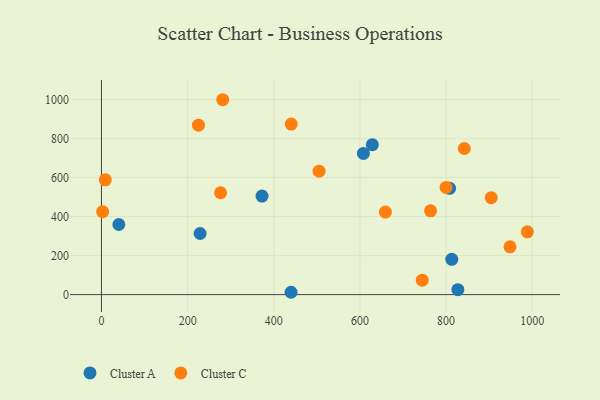
{"axis": {"x": "Experience", "y": "Fuel Efficiency"}, "legend": ["Cluster A", "Cluster C"], "data": [{"x": "608.0", "y": 724.2, "type": "Cluster A"}, {"x": "372.7", "y": 505.3, "type": "Cluster A"}, {"x": "440.1", "y": 12.0, "type": "Cluster A"}, {"x": "229.0", "y": 313.4, "type": "Cluster A"}, {"x": "813.1", "y": 180.9, "type": "Cluster A"}, {"x": "628.7", "y": 769.0, "type": "Cluster A"}, {"x": "808.1", "y": 544.9, "type": "Cluster A"}, {"x": "40.3", "y": 359.6, "type": "Cluster A"}, {"x": "827.2", "y": 25.5, "type": "Cluster A"}, {"x": "2.7", "y": 425.5, "type": "Cluster C"}, {"x": "744.5", "y": 74.2, "type": "Cluster C"}, {"x": "281.6", "y": 999.3, "type": "Cluster C"}, {"x": "659.0", "y": 423.2, "type": "Cluster C"}, {"x": "225.2", "y": 868.7, "type": "Cluster C"}, {"x": "842.2", "y": 749.3, "type": "Cluster C"}, {"x": "948.3", "y": 244.9, "type": "Cluster C"}, {"x": "276.5", "y": 522.2, "type": "Cluster C"}, {"x": "988.6", "y": 322.0, "type": "Cluster C"}, {"x": "440.6", "y": 874.5, "type": "Cluster C"}, {"x": "8.9", "y": 588.6, "type": "Cluster C"}, {"x": "763.9", "y": 429.4, "type": "Cluster C"}, {"x": "904.7", "y": 497.2, "type": "Cluster C"}, {"x": "799.8", "y": 549.6, "type": "Cluster C"}, {"x": "505.1", "y": 633.1, "type": "Cluster C"}]}